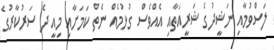
ލަސްވުމާއި ނަޝީދުގެ ޝަރީއަތާއި އެއްވެސް ގުޅުމެއް ނެތް ކަމަށާއި މިއީ ދެ ސަރުކާރުގެ